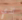
لذي